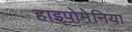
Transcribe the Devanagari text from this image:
हाइपोमेनिया